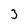
Character: 3